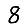
Digit: 8